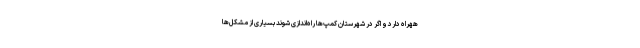
ههراه دارد و اگر در شهرستان کمپ‌ها راه‌اندازی شوند بسیاری از مشکل‌ها